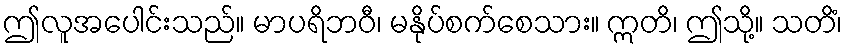
ဤလူအပေါင်းသည်။ မာပရိဘဝီ၊ မနိုပ်စက်စေသား။ ဣတိ၊ ဤသို့။ သတိံ၊